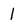
Character: 1